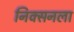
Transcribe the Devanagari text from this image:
निक्सनला